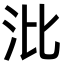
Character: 沘